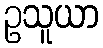
ဥသူယာ